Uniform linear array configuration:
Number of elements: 64
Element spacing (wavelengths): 0.5
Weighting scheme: binomial
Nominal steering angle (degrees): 0
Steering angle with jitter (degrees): -1.838
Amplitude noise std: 0.05
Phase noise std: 0.05

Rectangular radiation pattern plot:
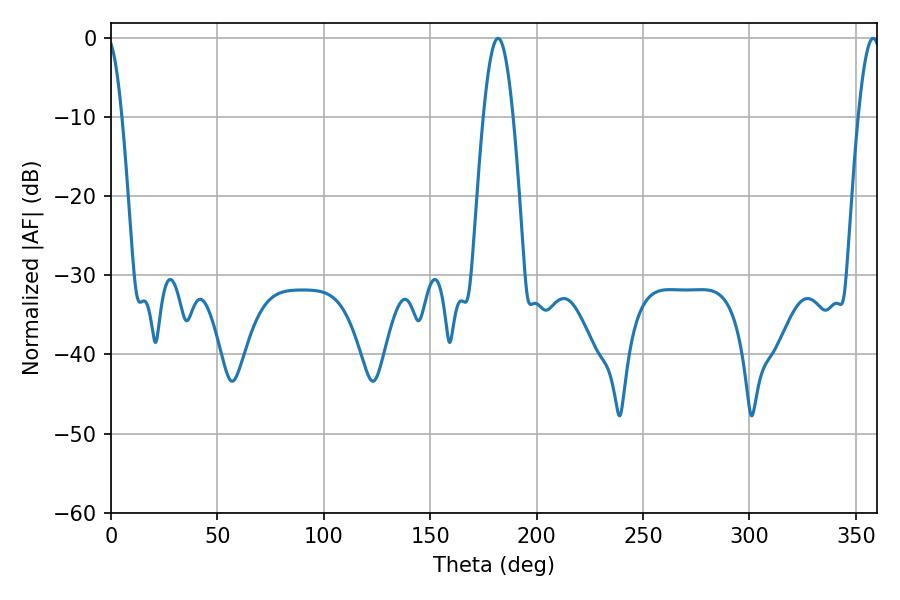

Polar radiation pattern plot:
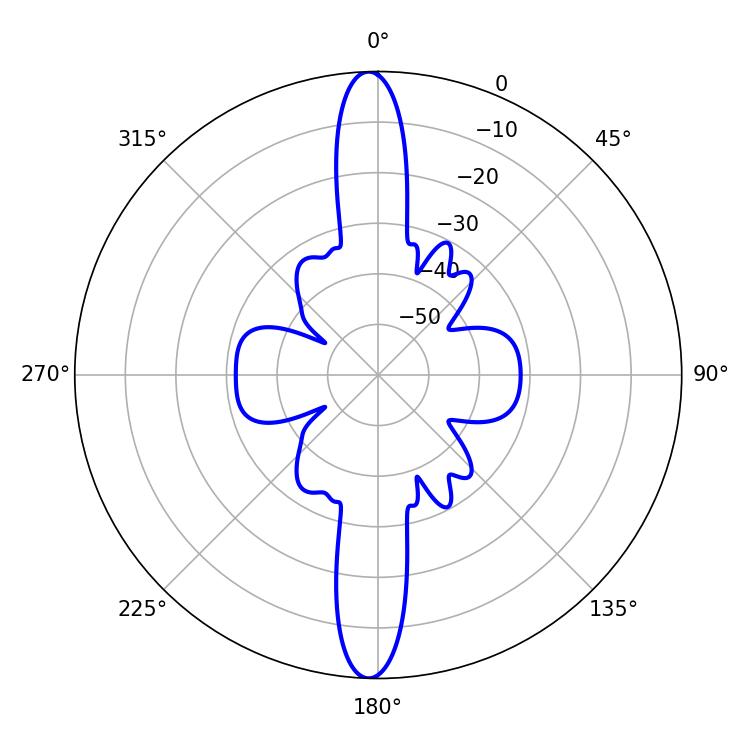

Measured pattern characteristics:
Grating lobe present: FALSE
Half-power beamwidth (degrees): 7.38
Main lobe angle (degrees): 181.8